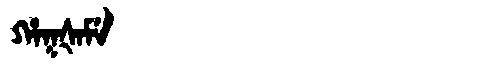
Manchu: ᡥᠠᡴᡧᠠᠮᡝ
Romanization: HAKŠAME